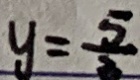
y = \frac { 5 } { 3 }